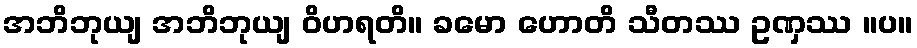
အဘိဘုယျ အဘိဘုယျ ဝိဟရတိ။ ခမော ဟောတိ သီတဿ ဥဏှဿ ။ပ။